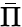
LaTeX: \bar{\Pi}